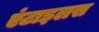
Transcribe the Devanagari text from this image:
एंटाइलस